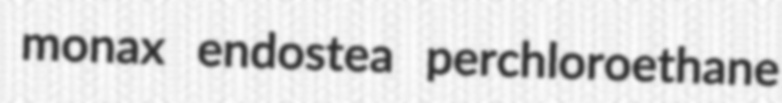
monax endostea perchloroethane